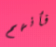
فأنهم